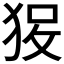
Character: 𱭽